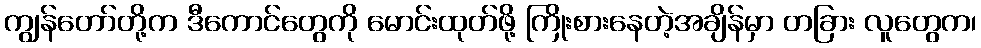
ကျွန်တော်တို့က ဒီကောင်တွေကို မောင်းထုတ်ဖို့ ကြိုးစားနေတဲ့အချိန်မှာ တခြား လူတွေက၊